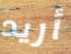
أريد